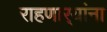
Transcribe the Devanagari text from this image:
राहणार्‍यांना